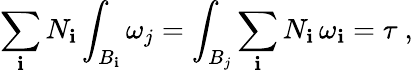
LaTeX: \sum_{\mathbf{i}}N_{\mathbf{i}}\int_{B_{\mathbf{i}}}\omega_{j}=\int_{B_{j}}\sum_{\mathbf{i}}N_{\mathbf{i}}\, \omega_{\mathbf{i}}=\tau\ ,